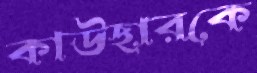
কাউছারকে